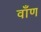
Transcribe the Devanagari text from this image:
वाँण